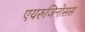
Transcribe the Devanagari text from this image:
एयरुजिनोसस